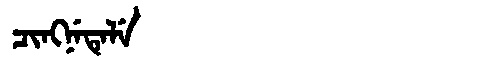
Manchu: ᠴᡳᠩᠨᡝᡨᡝᠯᡝ
Romanization: CINGNETELE